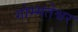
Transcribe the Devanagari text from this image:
गोम्मतेश्वर